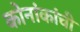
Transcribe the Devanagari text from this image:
कोनांकांची